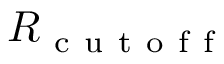
R _ { \mathrm { ~ c ~ u ~ t ~ o ~ f ~ f ~ } }